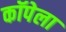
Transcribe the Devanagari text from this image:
कॉपेला